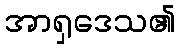
အာရှဒေသ၏